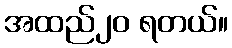
အထည်၂၀ ရတယ်။